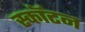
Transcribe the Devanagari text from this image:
स्कॉटन